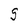
Character: S